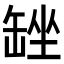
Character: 𮉴